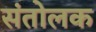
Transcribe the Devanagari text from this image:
संतोलक